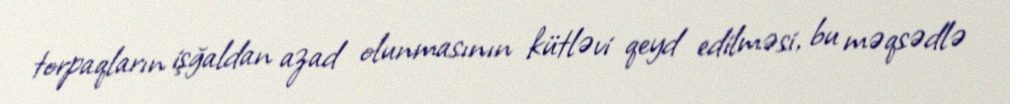
torpaqların işğaldan azad olunmasının kütləvi qeyd edilməsi, bu məqsədlə